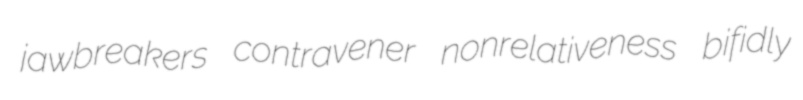
jawbreakers contravener nonrelativeness bifidly